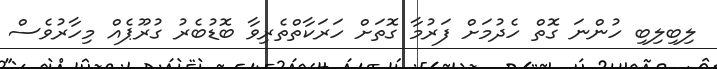
ލިބިލިބި ހުންނަ ގޮތް ހެދުމަށް ފަރުމާ ގޮތަށް ހަރަކާތްތެރިވާ ބޮޑުބެރު ގުރޫޕެއް މިހާރުވެސް